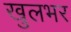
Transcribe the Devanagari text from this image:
खुलभर